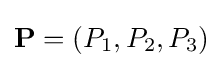
\mathbf {P} =(P_{1},P_{2},P_{3})